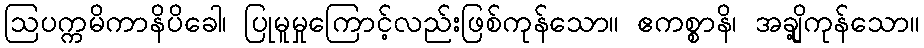
ဩပက္ကမိကာနိပိခေါ၊ ပြုမူမှုကြောင့်လည်းဖြစ်ကုန်သော။ ဧကစ္စာနိ၊ အချို့ကုန်သော။